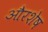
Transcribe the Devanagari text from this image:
औरशेष